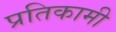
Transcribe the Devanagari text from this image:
प्रतिकामी